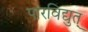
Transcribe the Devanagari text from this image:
पारविद्युत्